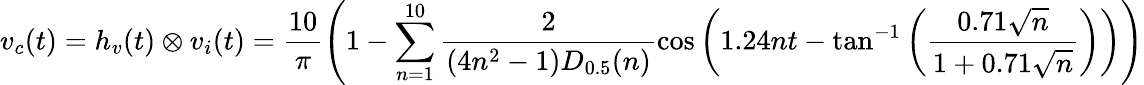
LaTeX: v_{c}(t)=h_{v}(t)\otimes v_{i}(t)=\frac{10}{\pi}\left(1-\sum_{n=1}^{10}\frac{2}{(4n^{2}-1)D_{0.5}(n)}\cos\left(1.24nt-\tan^{-1}\left(\frac{0.71\sqrt{n}}{1+0.71\sqrt{n}}\right)\right)\right)